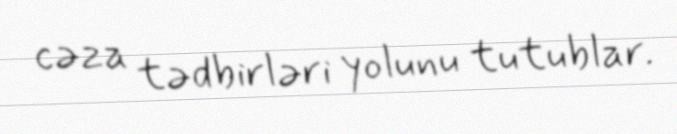
cəza tədbirləri yolunu tutublar.